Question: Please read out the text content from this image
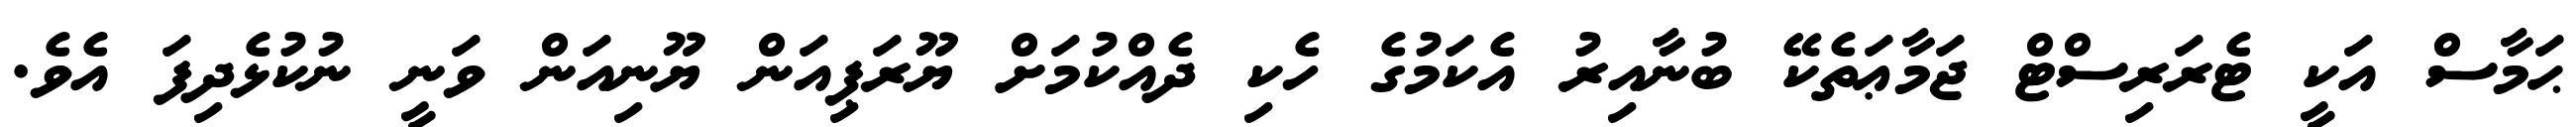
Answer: ޙަމާސް އަކީ ޓެރަރިސްޓް ޖަމާޢަތެކޭ ބުނާއިރު އެކަމުގެ ހެކި ދެއްކުމަށް ޔޫރަޕިއަން ޔޫނިއަން ވަނީ ނުކުޅެދިފަ އެވެ.